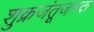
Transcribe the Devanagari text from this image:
शुक्रजंतूजनक